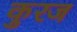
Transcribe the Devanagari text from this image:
कुरज